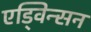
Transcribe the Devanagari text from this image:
एड्विन्सन